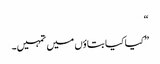
“
”کیا کیا بتاؤں میں تمہیں۔